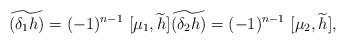
LaTeX: \begin{align*}\widetilde{(\delta_1 h )} = (-1)^{n-1}~[ \mu_1, \widetilde{h}] \widetilde{(\delta_2 h )} = (-1)^{n-1}~[ \mu_2, \widetilde{h}],\end{align*}